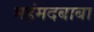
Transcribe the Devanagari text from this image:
महंमदबाबा